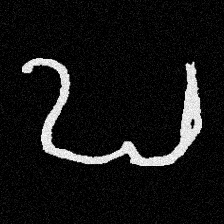
Pyu character \u2014 Myanmar letter: ဎ (romanized: ddha)